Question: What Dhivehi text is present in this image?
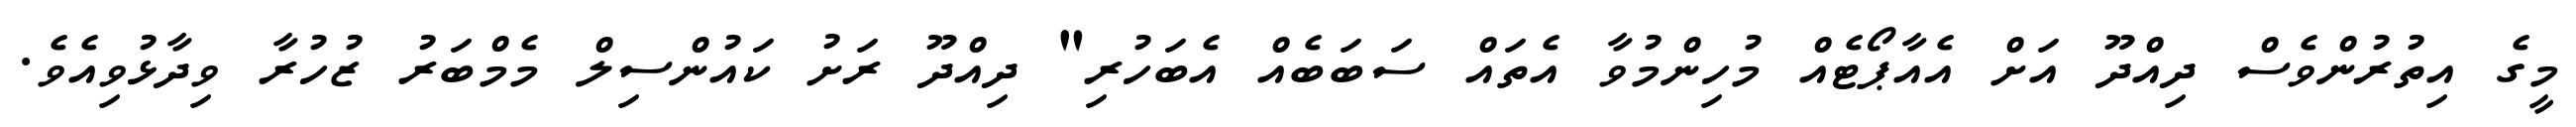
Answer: މީގެ އިތުރުންވެސް ދިއްދޫ އަށް އެއާޕޯޓެއް މުހިންމުވާ އެތައް ސަބަބެއް އެބަހުރި" ދިއްދޫ ރަށު ކައުންސިލް މެމްބަރު ޒުހުރާ ވިދާޅުވިއެވެ.